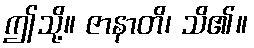
ဤသို့။ ဇာနာတိ၊ သိ၏။